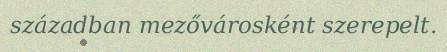
században mezővárosként szerepelt.